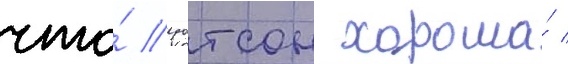
что́ уотсон хороша́ /